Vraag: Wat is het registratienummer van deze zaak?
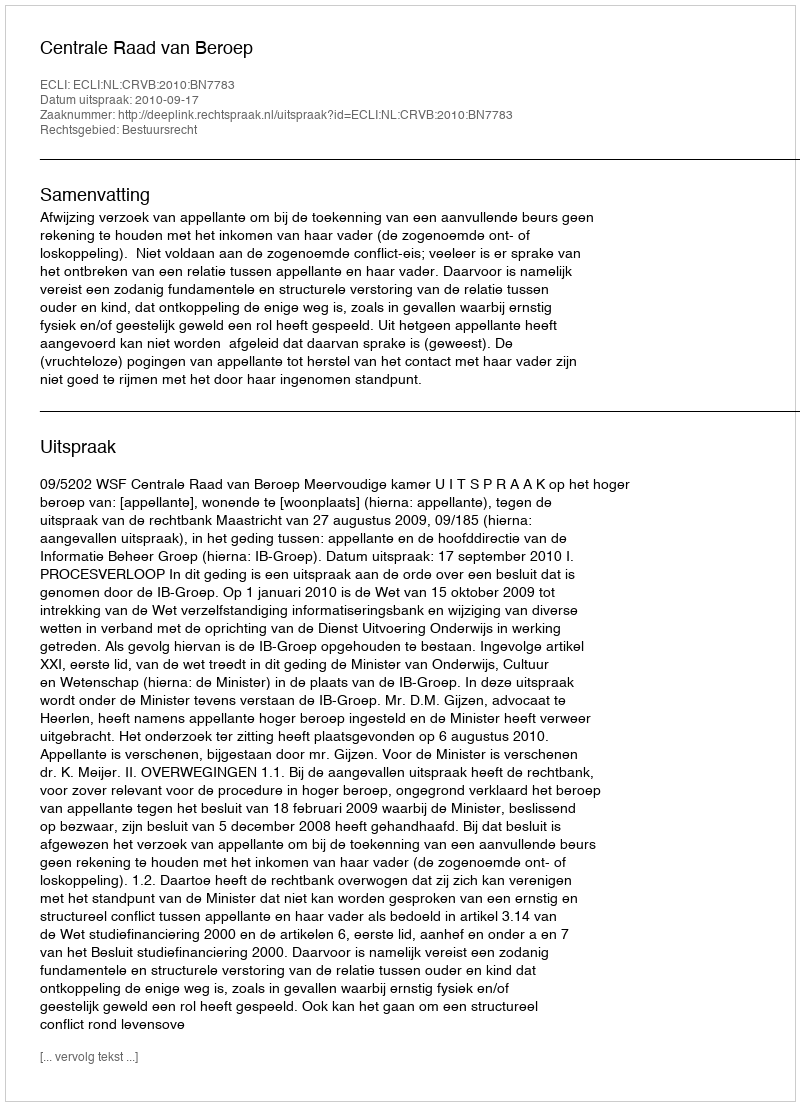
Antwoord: http://deeplink.rechtspraak.nl/uitspraak?id=ECLI:NL:CRVB:2010:BN7783